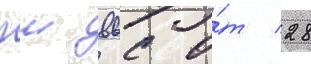
гш ввс о́т 28